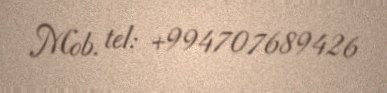
Mob. tel: +994707689426